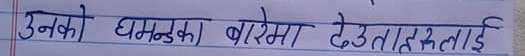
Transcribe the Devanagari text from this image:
उनको घमण्डका बारेमा देवताहरूलाई